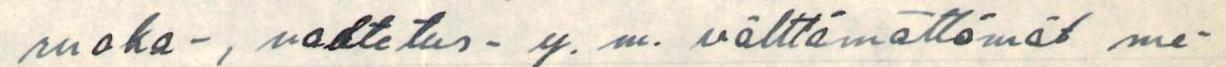
ruoka-, vaatetus- y. m. välttämättömät me-